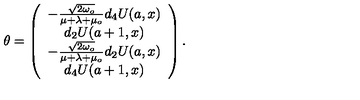
\theta = \left( \begin{array} { c } { - \frac { \sqrt { 2 \omega _ { o } } } { \mu + \lambda + \mu _ { o } } d _ { 4 } U ( a , x ) } \\ { d _ { 2 } U ( a + 1 , x ) } \\ { - \frac { \sqrt { 2 \omega _ { o } } } { \mu + \lambda + \mu _ { o } } d _ { 2 } U ( a , x ) } \\ { d _ { 4 } U ( a + 1 , x ) } \\ \end{array} \right) .